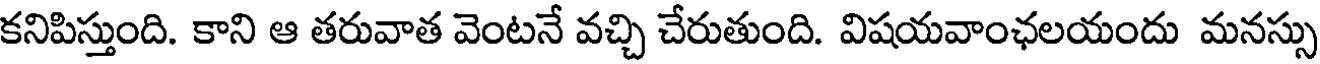
కనిపిస్తుంది. కాని ఆ తరువాత వెంటనే వచ్చి చేరుతుంది. విషయవాంఛలయందు మనస్సు